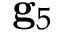
{ \bf g } _ { 5 }